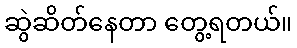
ဆွဲဆိတ်နေတာ တွေ့ရတယ်။